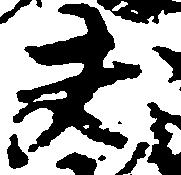
夫